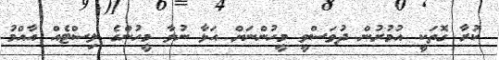
ކުރާ ގޮތަކީ އުމުރުން ދުވަސްވީ މީހުންނަށް އަޅާ ނުލާ މީހުންގެ ލިސްޓެއް އާއްމު